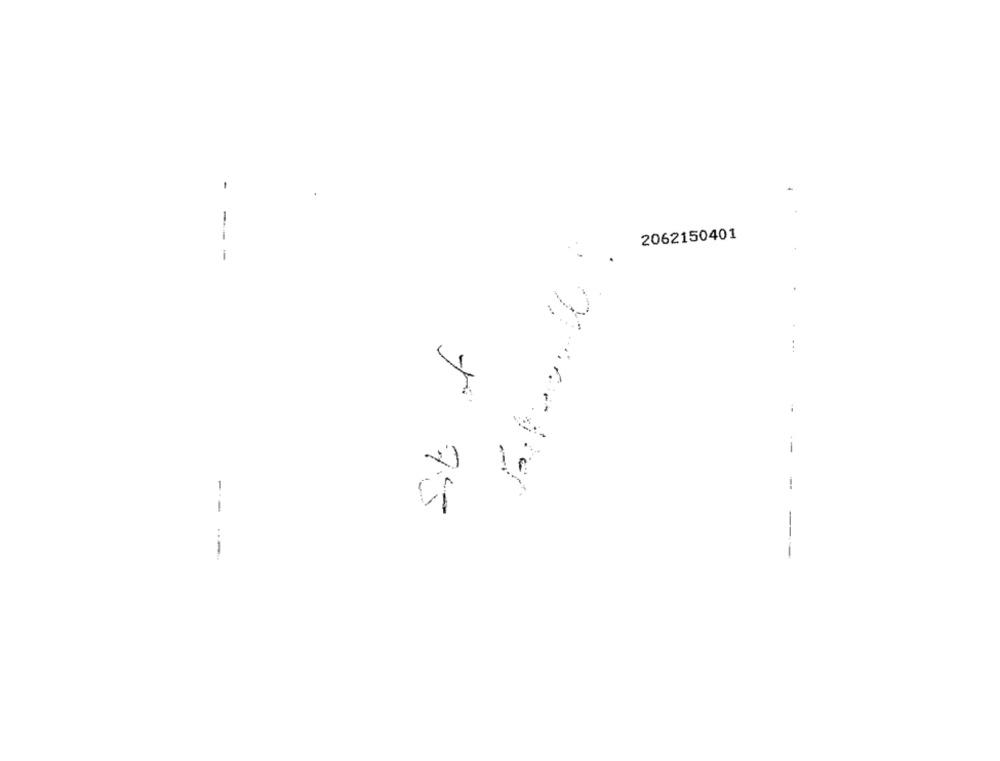
-
2062150401
--- -
...
--
+ 75
---
---